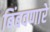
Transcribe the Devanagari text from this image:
बिंबवणारे